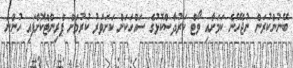
ބޭނުންކުރަން ނުޖެހޭނެ ކަމަށާއި ވޯޓް ކަރުދާސްކޮޅުގެ ސައްހަކަށް ކަށަވަރު ކުރުމަށް ޕްރިންޓްކޮށްފައި ހުންނަ